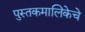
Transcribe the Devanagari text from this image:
पुस्तकमालिकेचे